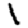
Digit: 1